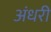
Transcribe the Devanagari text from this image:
अंधरी